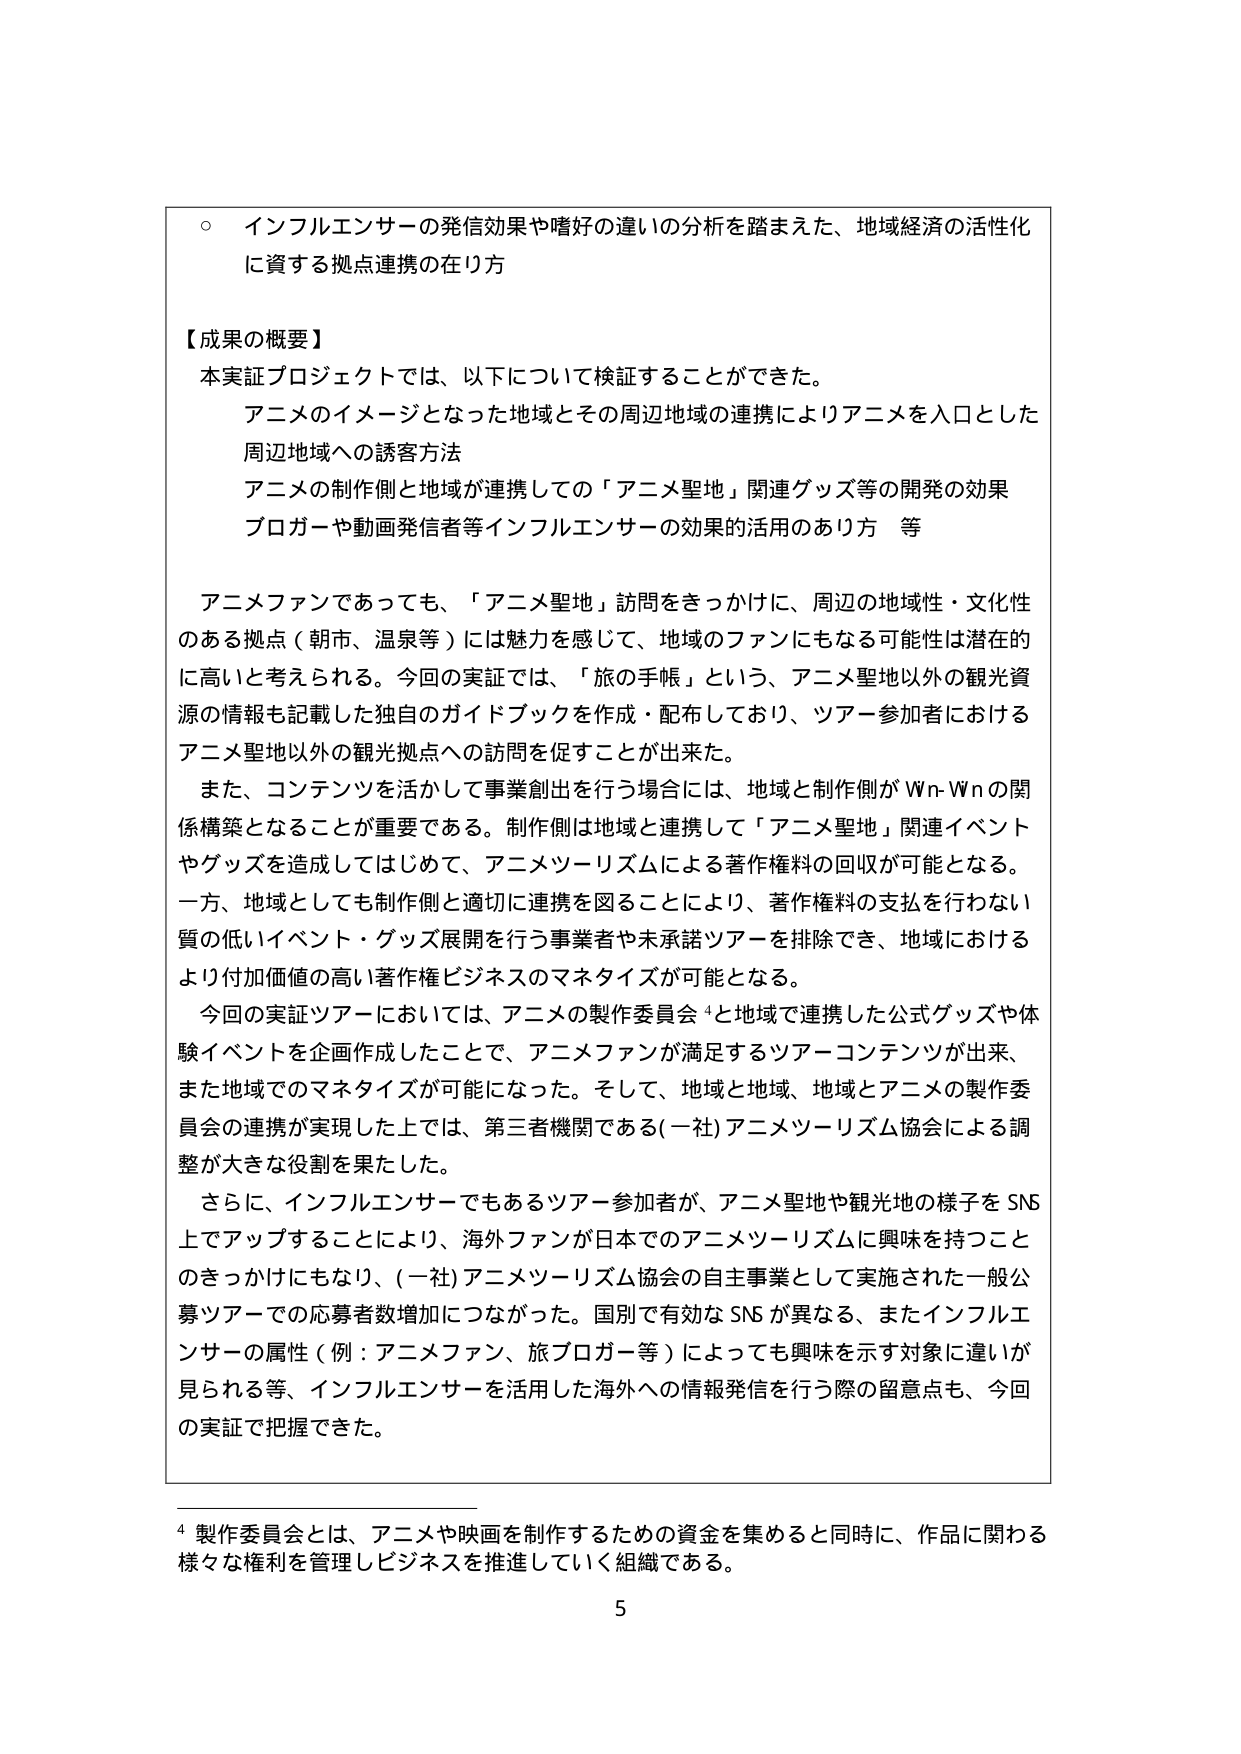
○ インフルエンサーの発信効果や嗜好の違いの分析を踏まえた、地域経済の活性化に資する拠点連携の在り方

【成果の概要】
本実証プロジェクトでは、以下について検証することができた。
　アニメのイメージとなった地域とその周辺地域の連携によりアニメを入口とした周辺地域への誘客方法
　アニメの制作側と地域が連携しての「アニメ聖地」関連グッズ等の開発の効果
　ブロガーや動画発信者等インフルエンサーの効果的活用のあり方　等

アニメファンであっても、「アニメ聖地」訪問をきっかけに、周辺の地域性・文化性のある拠点（朝市、温泉等）には魅力を感じて、地域のファンにもなる可能性は潜在的に高いと考えられる。今回の実証では、「旅の手帳」という、アニメ聖地以外の観光資源の情報も記載した独自のガイドブックを作成・配布しており、ツアー参加者におけるアニメ聖地以外の観光拠点への訪問を促すことが出来た。

また、コンテンツを活かして事業創出を行う場合には、地域と制作側がWn-Wnの関係構築となることが重要である。制作側は地域と連携して「アニメ聖地」関連イベントやグッズを造成してはじめて、アニメツーリズムによる著作権料の回収が可能となる。一方、地域としても制作側と適切に連携を図ることにより、著作権料の支払いを行わない質の低いイベント・グッズ展開を行う事業者や未承諾ツアーを排除でき、地域におけるより付加価値の高い著作権ビジネスのマネタイズが可能となる。

今回の実証ツアーにおいては、アニメの製作委員会⁴と地域で連携した公式グッズや体験イベントを企画作成したことで、アニメファンが満足するツアーコンテンツが出来、また地域でのマネタイズが可能になった。そして、地域と地域、地域とアニメの製作委員会の連携が実現した上では、第三者機関である(一社)アニメツーリズム協会による調整が大きな役割を果たした。

さらに、インフルエンサーでもあるツアー参加者が、アニメ聖地や観光地の様子をSNS上でアップすることにより、海外ファンが日本でのアニメツーリズムに興味を持つことのきっかけにもなり、(一社)アニメツーリズム協会の自主事業として実施された一般公募ツアーでの応募者数増加につながった。国別で有効なSNSが異なる、またインフルエンサーの属性（例：アニメファン、旅ブロガー等）によっても興味を示す対象に違いが見られる等、インフルエンサーを活用した海外への情報発信を行う際の留意点も、今回の実証で把握できた。

⁴ 製作委員会とは、アニメや映画を制作するための資金を集めると同時に、作品に関わる様々な権利を管理しビジネスを推進していく組織である。

5